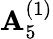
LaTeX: {\mathbf{A}}_{5}^{(1)}